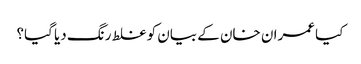
کیا عمران خان کے بیان کو غلط رنگ دیا گیا؟